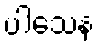
ပါသေန